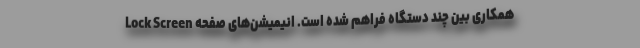
همکاری بین چند دستگاه فراهم شده است. انیمیشن‌های صفحه Lock Screen